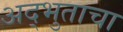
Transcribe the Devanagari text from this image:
अद्भुताचा